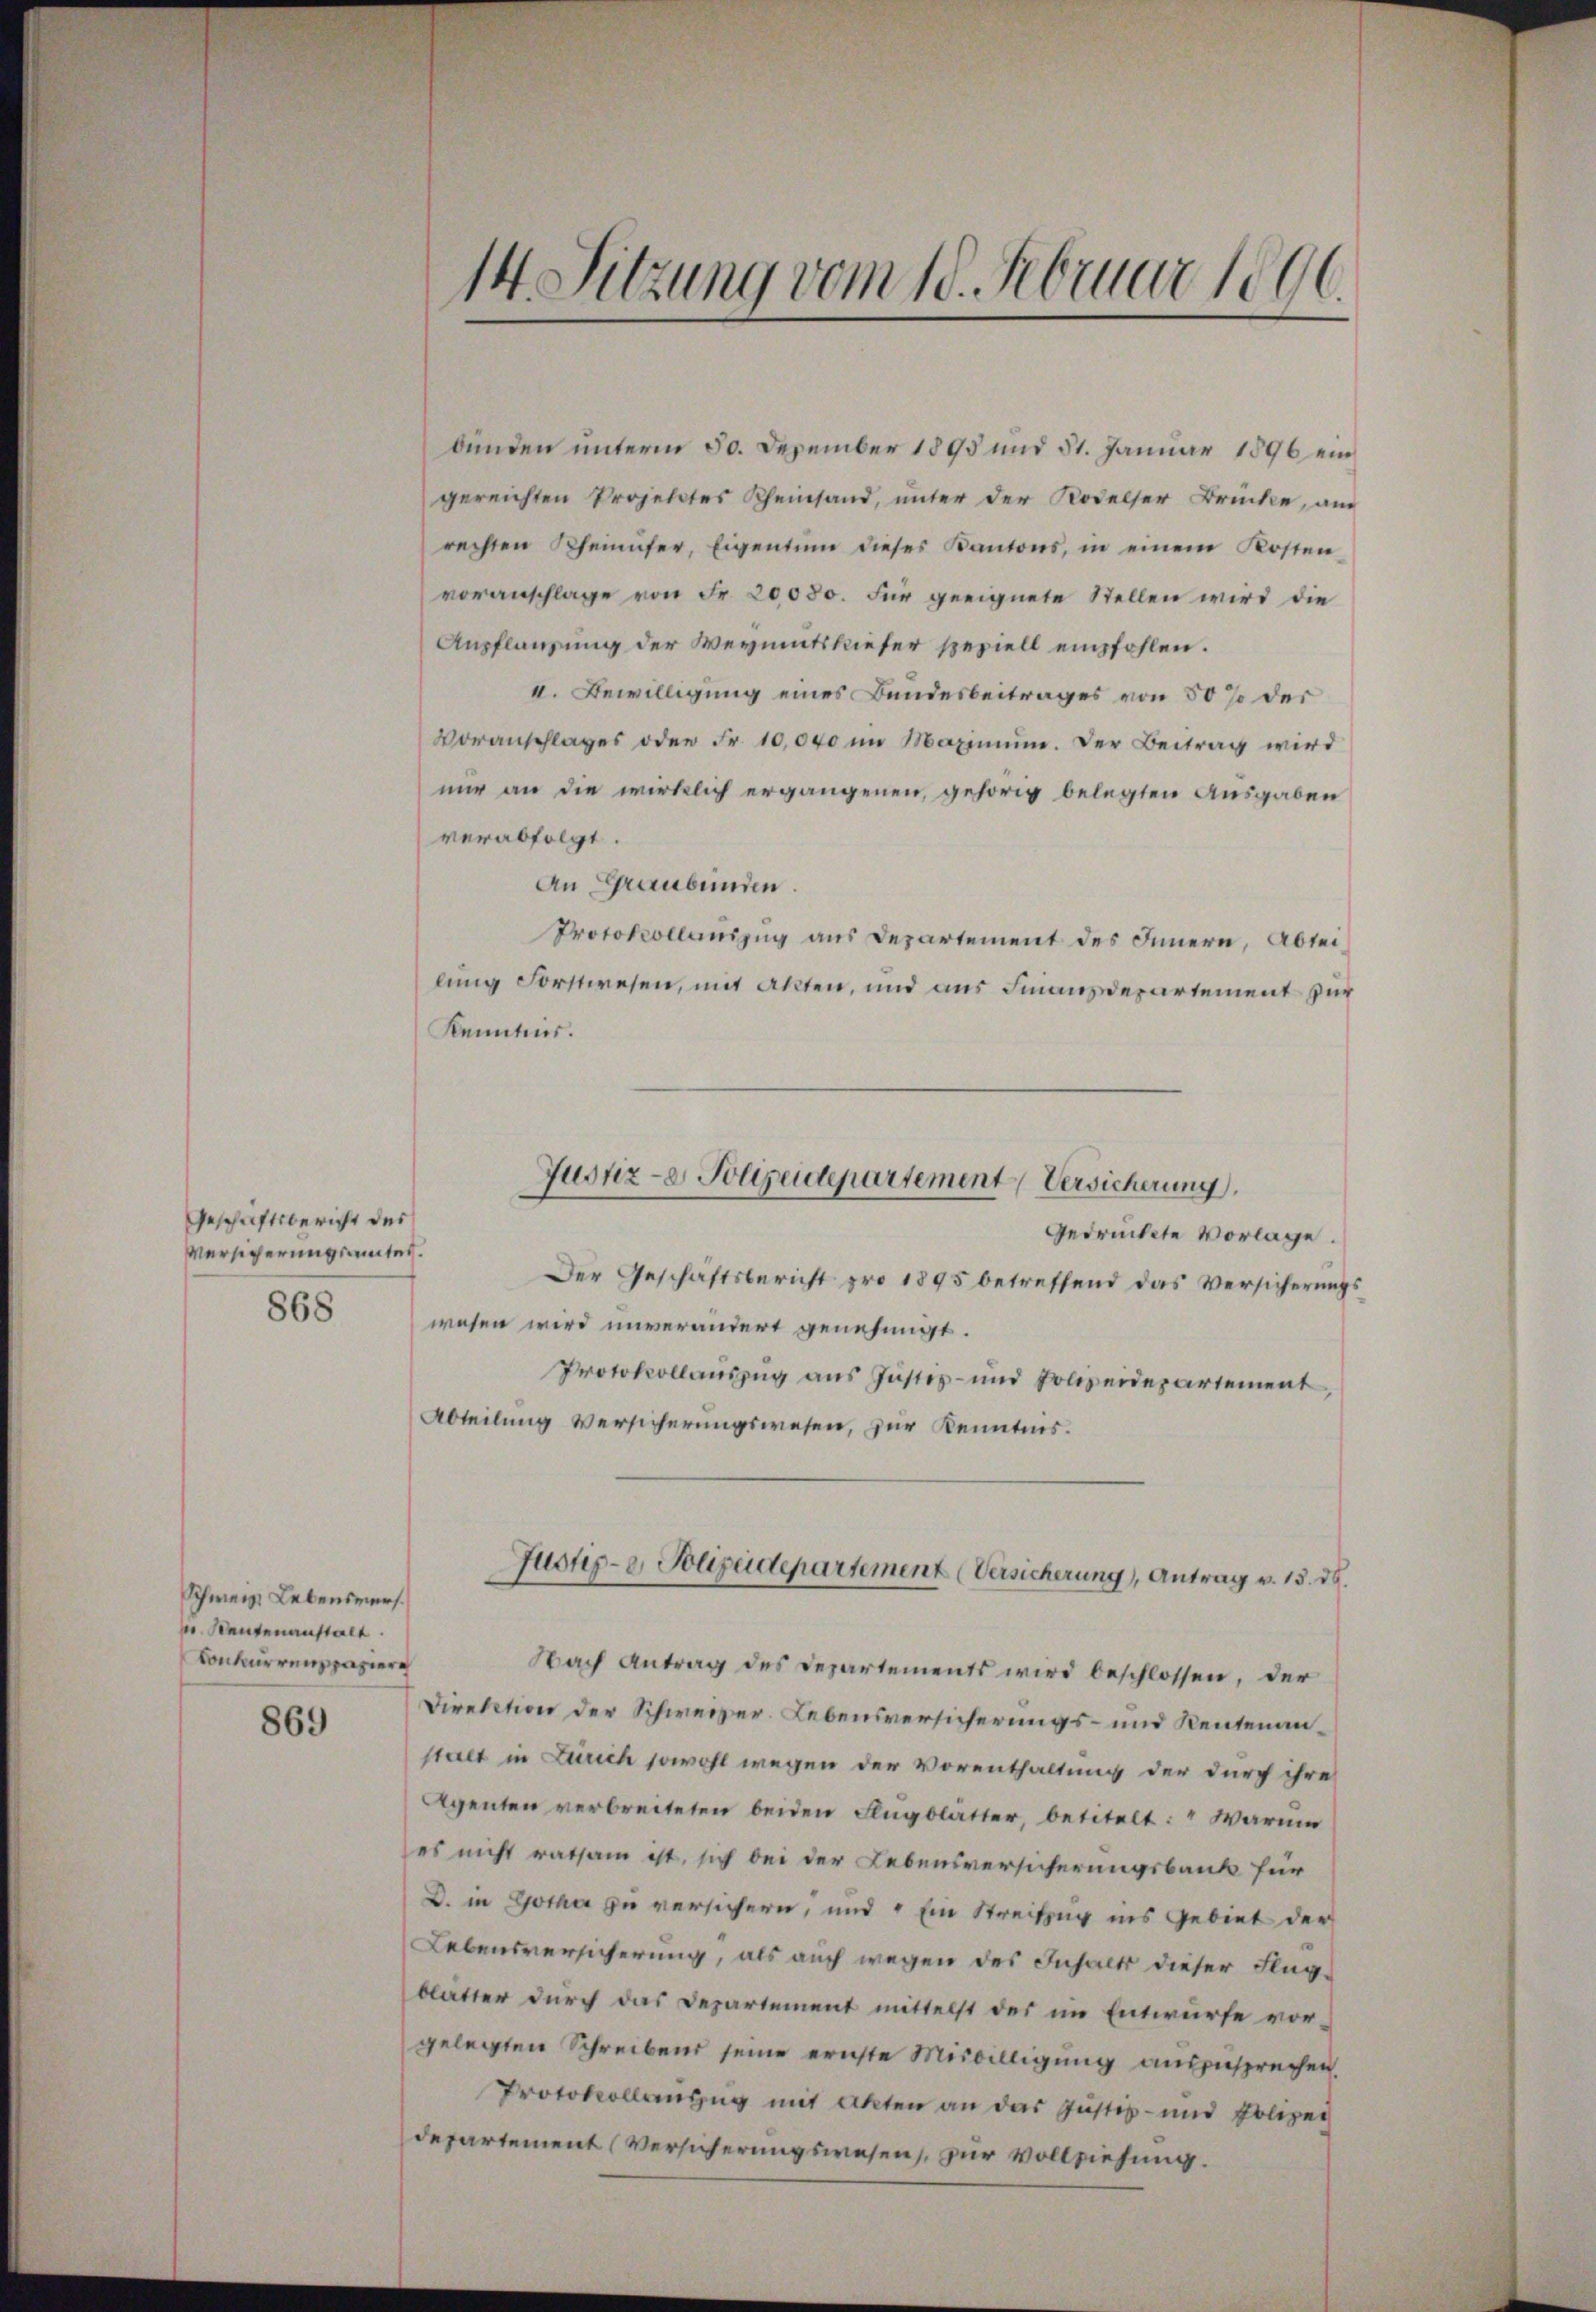
Geschäftsbericht des
Versicherungsamtes.

868

Schweiz. Lebensmers.
 Bautenanstalt.
Conkurrenspazier

869

14 Sitzung vom 18. Februar 1896.

bunden unterm 50. Dezember 1895 und 51. Januar 1896 ein
gereichten Projektes Rheinsand, unter der Rodelser Brücke, am
rechten Rheinufer, Eigentum dieses Kantons, in einem Kosten
voranschlage von Fr. 20000. für geeignete Stellen wird die
Aupflanzung der Wegmentskieser speziell empfohlen.
II. Bewilligung eines Bundesbeitrages von 50 % der
Voranschlages oder Fr. 10,000 im Maximum. Der Beitrag wird
nur an die wirklich ergangenen, gehörig belegten Ausgaben
verabfolgt.
An Graubünden.
Protokollauszug aus Departement des Innern, Ableilung Forstwesen, mit Akten, und aus Finanzdepartement für
Kenntnis.
gedrückete Vorlage.
Der Geschäftsbericht pro 1895 betreffend das Versicherungswesen wird unverändert genehmigt.
Protokollauszug aus Justiz- und Polizeidepartement
Abteilung Versicherungswesen, zur Kenntnis.
Justiz- & Polizeidepartement (Versicherung, Antrag v. 15. 38.
Nach Antrag des Departements wird beschlossen, der
Direktion der Schweizer. Lebensversicherungs- und Reutenanstalt in Zürich sowohl wegen der Vorenthaltung der durch ihre
Agenten verbreiteten beiden Flugblatter, betitelt: " Warum
es nicht ratsam ist, sich bei der Lebensversicherungsbank für
D. in Gotha zu versichern, und Ein Streifug ins Gebiet der
Lebensversicherung, als auch wegen des Inhalt dieser Flug-
blätter durch das Departement mittelst der im Entwurfe vor-
gelegten Schreibens seine ernste Miswilligung ausgesprechen.
Protokollanzug mit Akten an das Justiz- und Polizei
departement (Versicherungswesen, zur Vollziehung.

Justiz- & Polizeidepartement Versicherung,